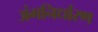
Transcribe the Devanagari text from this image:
अंगनिर्धारण